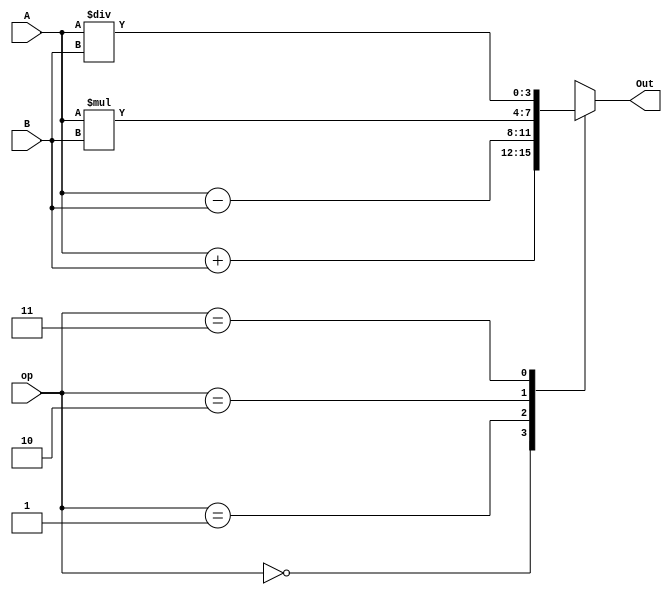
// Code your design here
module alu_4bit(Out,A,B,op);
  
  output [3:0]Out;
  input [3:0]A,B;
  
  input [1:0]op;
  
  reg [3:0]Out;
  
  always @ (*)
    begin
      case(op)
        2'b00: Out=A+B;
        2'b01: Out=A-B;
        2'b10: Out=A*B;
        2'b11: Out=A/B;
      endcase
    end
endmodule